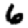
Digit: 6